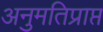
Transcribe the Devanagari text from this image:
अनुमतिप्राप्त